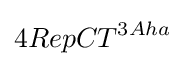
4RepCT^{3Aha}